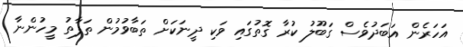
އަހަރެން އަބަދުވެސް ގަބޫލު ކުރާ ގޮތުގައި ވަކި ދީނަކަށް ތަބާވުމުން ތަފާތު މީހުންނާ